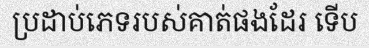
ប្រដាប់ភេទរបស់គាត់ផងដែរ ទើប